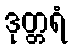
ဒုတ္တရံ